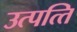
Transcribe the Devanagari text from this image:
उत्‍पत्‍ति